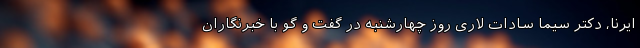
ایرنا، دکتر سیما سادات لاری روز چهارشنبه در گفت و گو با خبرنگاران